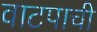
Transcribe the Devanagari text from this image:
वाटपाची